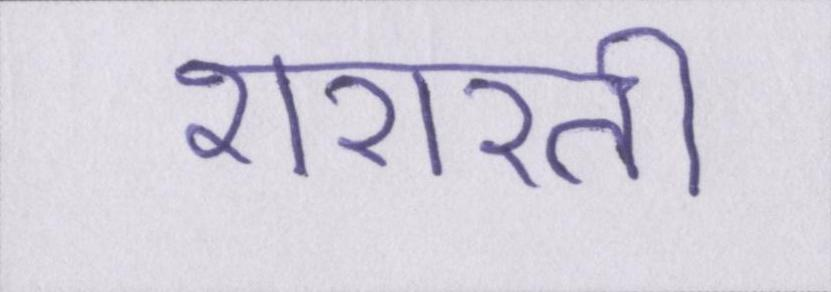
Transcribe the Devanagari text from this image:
शरारती